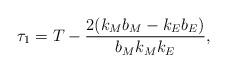
LaTeX: \begin{align*} \tau_1 = T - \frac{2(k_M b_M - k_E b_E)}{b_M k_M k_E},\end{align*}